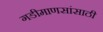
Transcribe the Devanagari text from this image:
गडीमाणसांसाठी